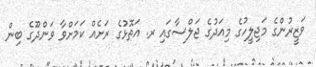
ވަޒީރުންގެ މަޖިލީހުގެ މިއަދުގެ ޖަލްސާގައި ރ. އަތޮޅުގެ ރަށެއް ކަމަށްވާ ވަންދޫގެ ބިން